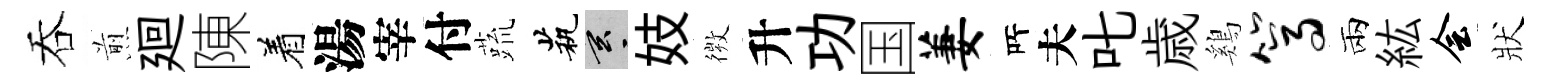
吞煎廻陳着湯宰付蔬茕玄妓𢕄升功国萋𠩄夫叱歳鷄篙兩紘会狀